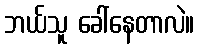
ဘယ်သူ ခေါ်နေတာလဲ။